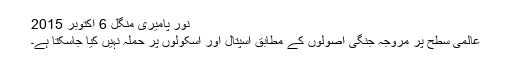
نور پامیری منگل 6 اکتوبر 2015
عالمی سطح پر مروجہ جنگی اصولوں کے مطابق اسپتال اور اسکولوں پر حملہ نہیں کیا جاسکتا ہے۔